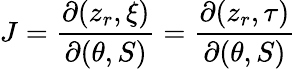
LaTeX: J=\frac{\partial(z_{r},\xi)}{\partial(\theta,S)}=\frac{\partial(z_{r},\tau)}{\partial(\theta,S)}